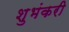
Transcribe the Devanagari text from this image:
शुभंकरी